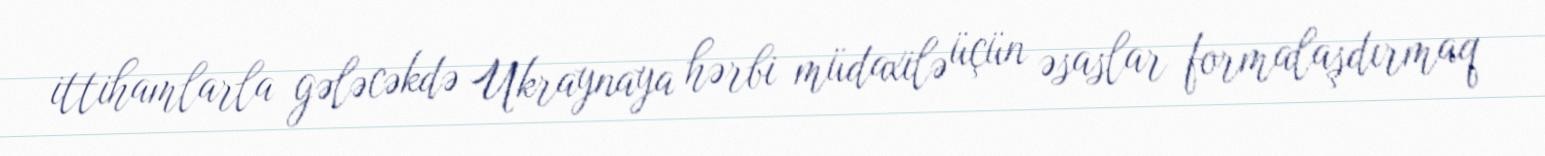
ittihamlarla gələcəkdə Ukraynaya hərbi müdaxilə üçün əsaslar formalaşdırmaq